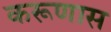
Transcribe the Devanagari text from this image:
करूणास